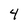
Character: 4